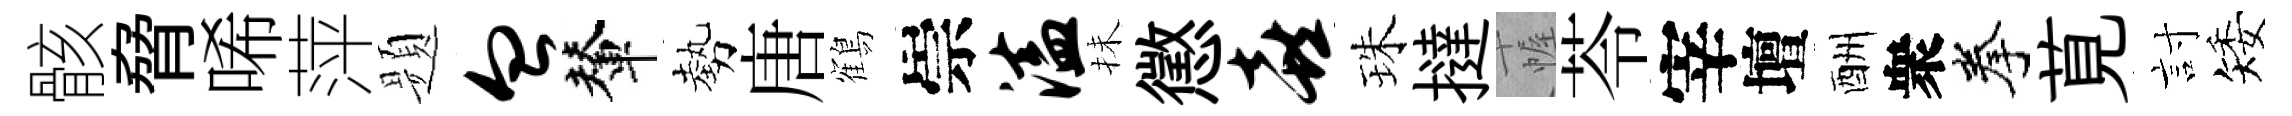
骸脅唏萍题血輦勢唐鶴崇溘抺懲喜珠撻幄苓宰壇酬衆拳莧討矮